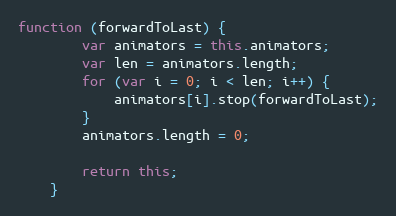
Language: JavaScript
function (forwardToLast) {
        var animators = this.animators;
        var len = animators.length;
        for (var i = 0; i < len; i++) {
            animators[i].stop(forwardToLast);
        }
        animators.length = 0;

        return this;
    }